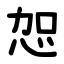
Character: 㤎